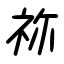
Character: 祢